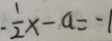
- \frac { 1 } { 2 } x - a = - 1